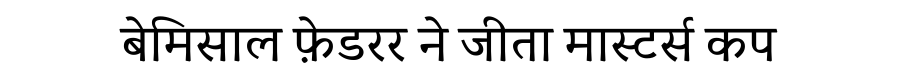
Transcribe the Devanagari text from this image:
बेमिसाल फ़ेडरर ने जीता मास्टर्स कप